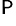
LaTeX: ^\P